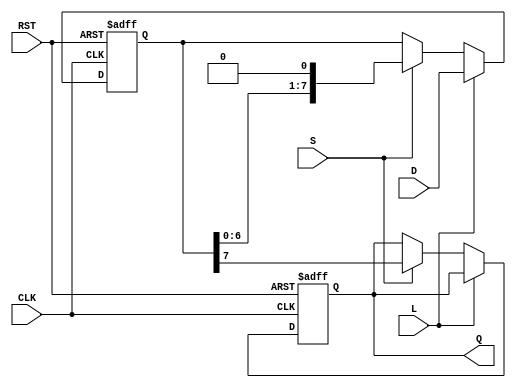
module PISO_8bit (
    input wire [7:0] D,    // 8-bit parallel data input
    input wire L,          // Load control signal
    input wire S,          // Shift control signal
    input wire CLK,        // Clock signal
    input wire RST,        // Asynchronous reset signal
    output reg Q           // Serial output
);

    reg [7:0] shift_reg;   // Internal shift register

    // Asynchronous reset and control behavior
    always @(posedge CLK or posedge RST) begin
        if (RST) begin
            shift_reg <= 8'b0; // Clear the shift register
            Q <= 1'b0;         // Clear serial output
        end else begin
            if (L) begin
                shift_reg <= D; // Load data into shift register on Load signal
            end else if (S) begin
                Q <= shift_reg[7]; // Output the MSB
                shift_reg <= {shift_reg[6:0], 1'b0}; // Shift left, fill LSB with 0
            end
        end
    end
endmodule